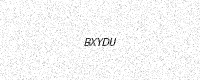
Text: BXYDU